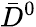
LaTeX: \bar{D}^{0}